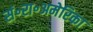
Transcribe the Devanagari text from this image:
सं॰रा॰अमेरिका